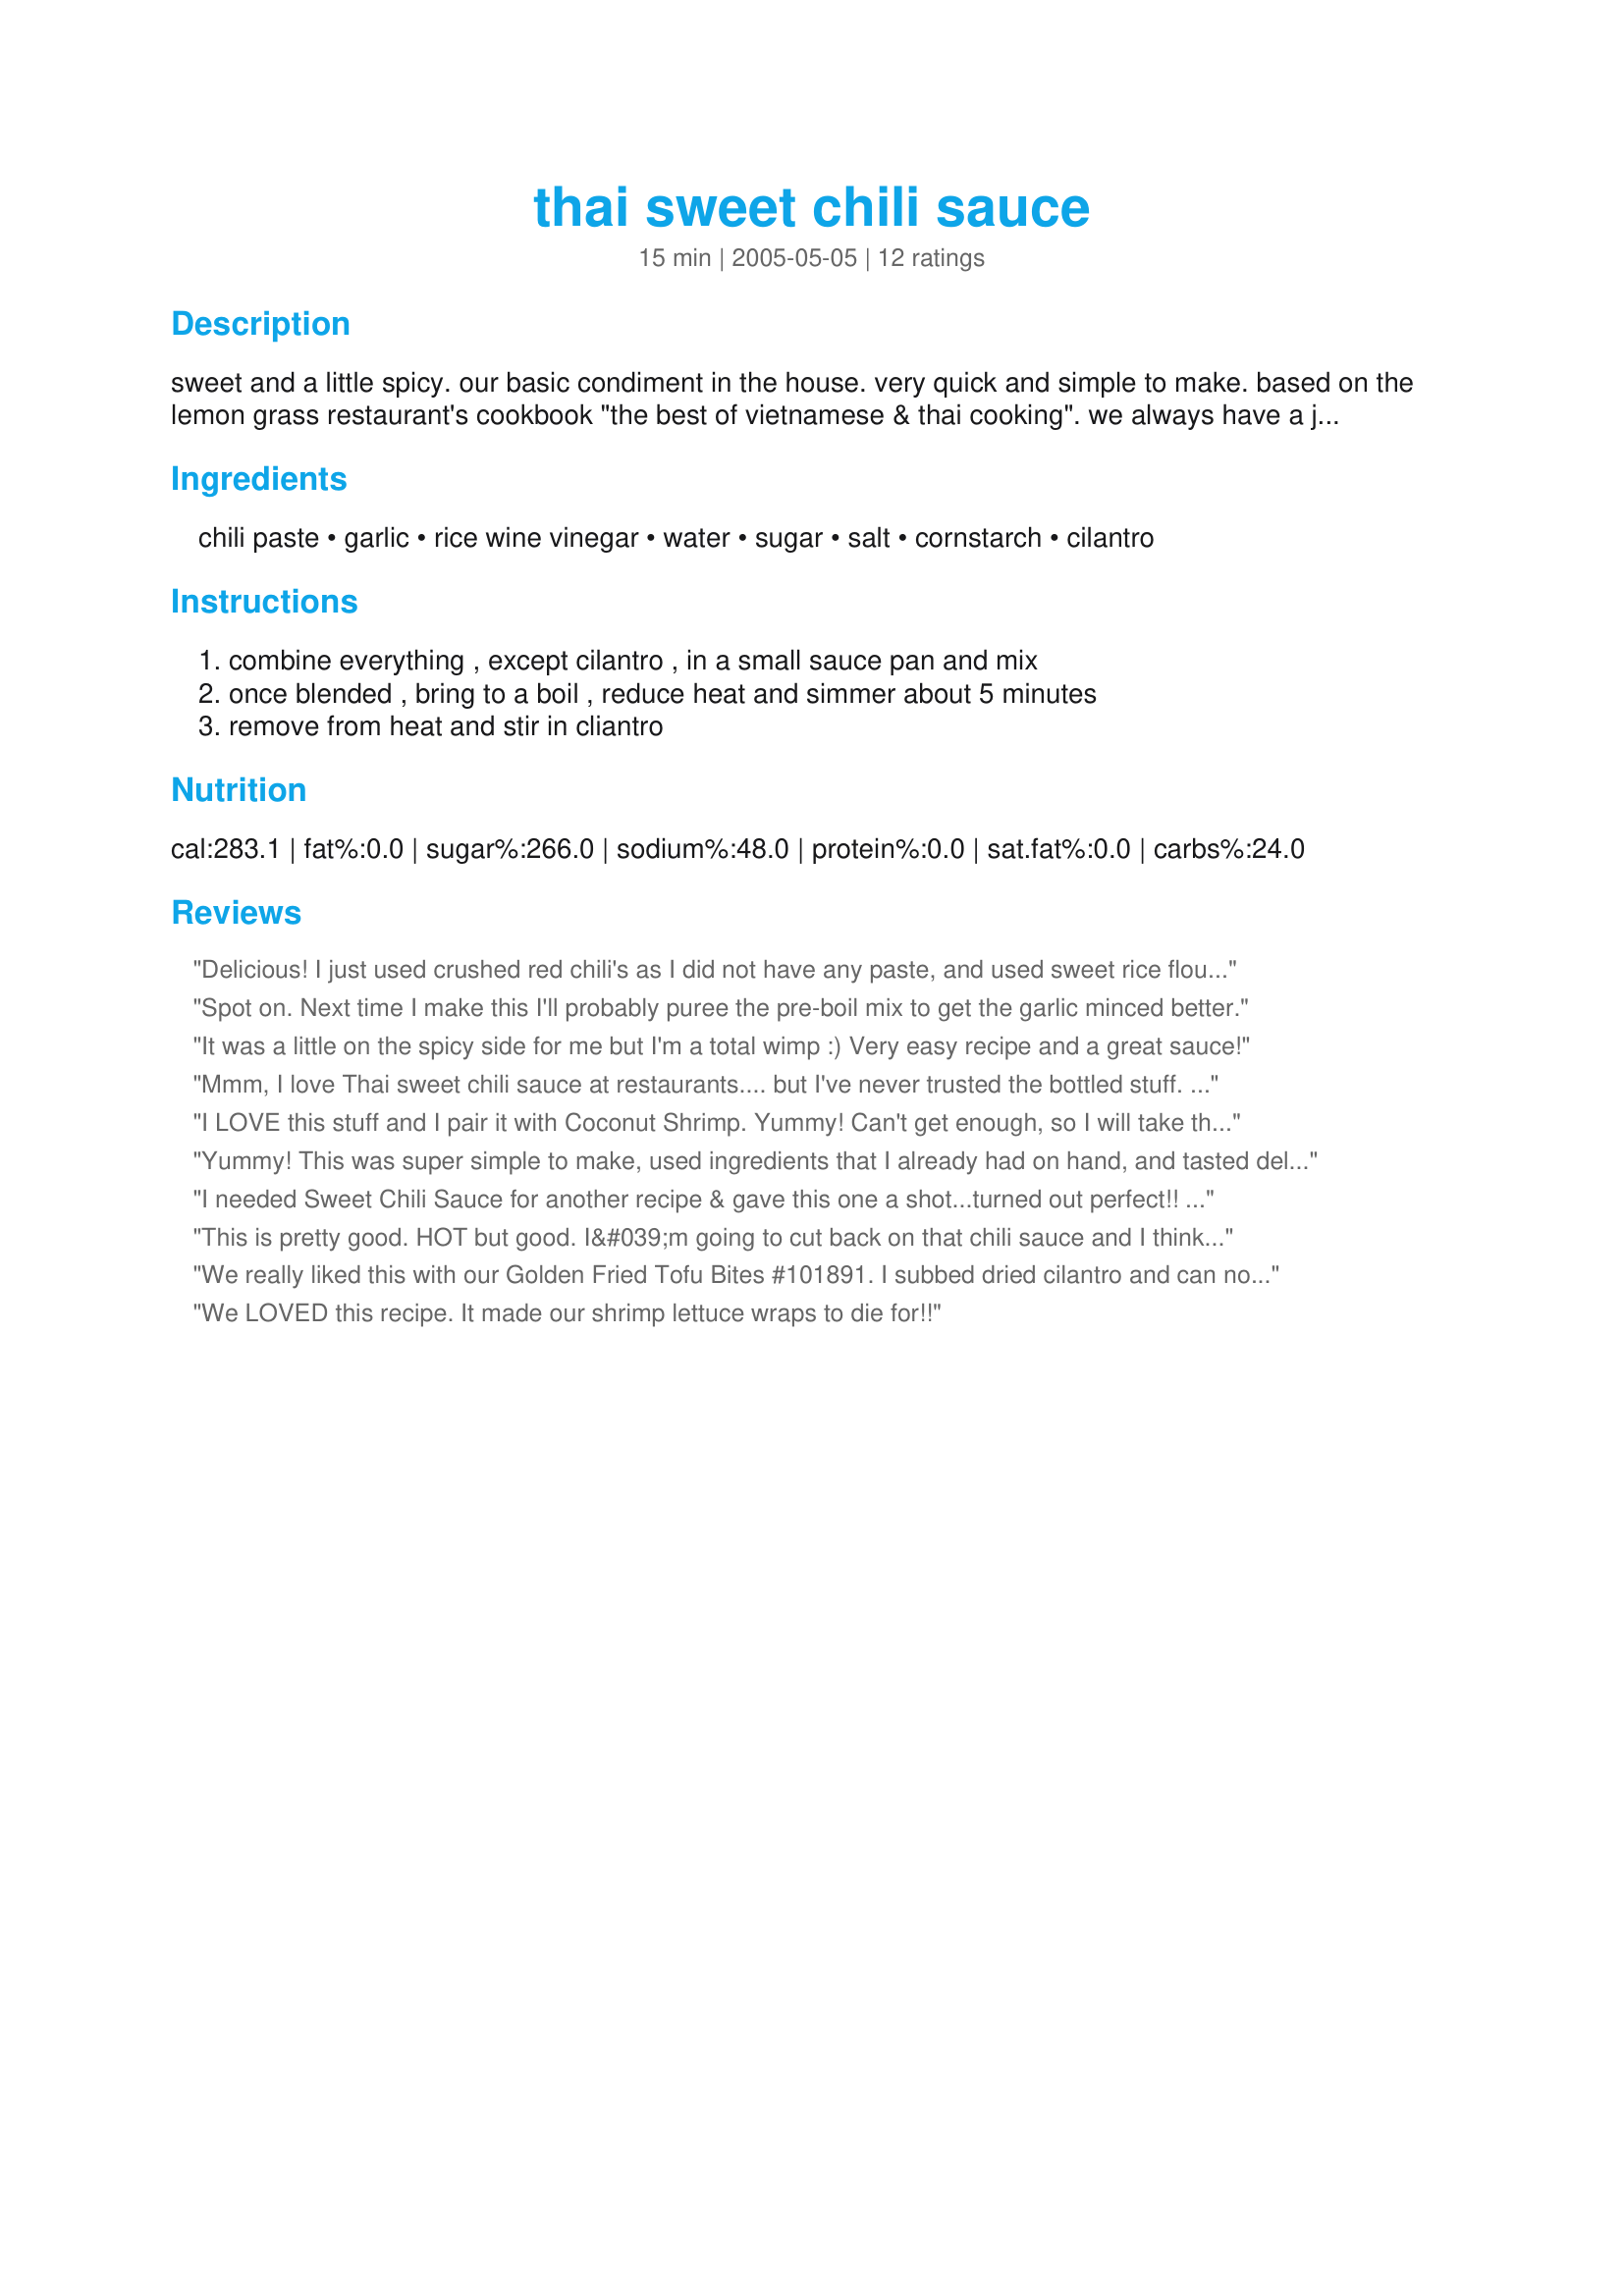
thai sweet chili sauce
Preparation time: 15 minutes

sweet and a little spicy. our basic condiment in the house. very quick and simple to make. based on the lemon grass restaurant's cookbook "the best of vietnamese & thai cooking". we always have a jar on hand in the frig.
many different ground chili paste nomenclatures. if unsure, read the ingredients: red chili peppers, salt, vinegar, and sesame oil are basic to all of them. usually in a clear plastic jar with a green or red plastic lid.

Ingredients:
chili paste, garlic, rice wine vinegar, water, sugar, salt, cornstarch, cilantro

Steps:
combine everything , except cilantro , in a small sauce pan and mix, once blended , bring to a boil , reduce heat and simmer about 5 minutes, remove from heat and stir in cliantro

Reviews:
Delicious! I just used crushed red chili's as I did not have any paste, and used sweet rice flour instead of cornstarch and it was awesome! Thank you!
Spot on. Next time I make this I'll probably puree the pre-boil mix to get the garlic minced better.
It was a little on the spicy side for me but I'm a total wimp :) Very easy recipe and a great sauce!
Mmm, I love Thai sweet chili sauce at restaurants.... but I've never trusted the bottled stuff. Thanks to this recipe I can make my own for a fraction of the cost and without any mysterious filler. Thanks for sharing.
I LOVE this stuff and I pair it with Coconut Shrimp. Yummy! Can't get enough, so I will take the advice of the auther and make extra to keep in fridge.

Thanks for the recipe.
Yummy! This was super simple to make, used ingredients that I already had on hand, and tasted delicious. Not too hot, but still with quite a kick. I’ll be making this one a lot!
I needed Sweet Chili Sauce for another recipe & gave this one a shot...turned out perfect!! DH never had sweet chili sauce before (very sheltered) and so he was the taste tester....sweet? spicy? tangy? syrupy consistency - yup!!!!! The flavors were balanced perfectly. Thank you so much!! Will never buy that other stuff again which is probably loaded with MSG. Thanks Comedie!!
This is pretty good. HOT but good. I&#039;m going to cut back on that chili sauce and I think this would make a good sweet and sour sauce too if you added some pineapple juice or chunks.
We really liked this with our Golden Fried Tofu Bites #101891.
I subbed dried cilantro and can not wait to try with the fresh.
This sauce was faaaaaaaantasic and just explodes with flavor. Thank you.
We LOVED this recipe. It made our shrimp lettuce wraps to die for!!
We really liked this! I only used 2 tbsp of sambal oelek and that was plenty. I think I probably used 4 tsp of garlic (5 cloves). I used this on my "spring roll salad", which has all of the spring roll ingredients that I love, and it was really good. Will definitely be keeping this for future use! Thank you!
Close to, and just as good as, the bottled version. I used a slighly different method: first making a simple syrup and then adding the thickener. It is easy to change the amount of chili to suit your taste without needing to adjust anything else. Nice translucent red orange color.
